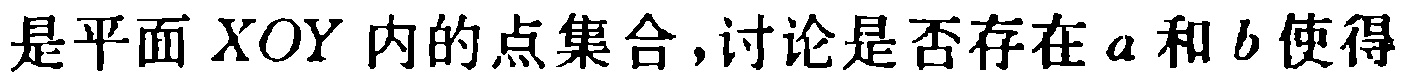
是平面 \(XOY\) 内的点集合,讨论是否存在 \(a\) 和 \(b\) 使得